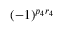
( - 1 ) ^ { p _ { 4 } r _ { 4 } }